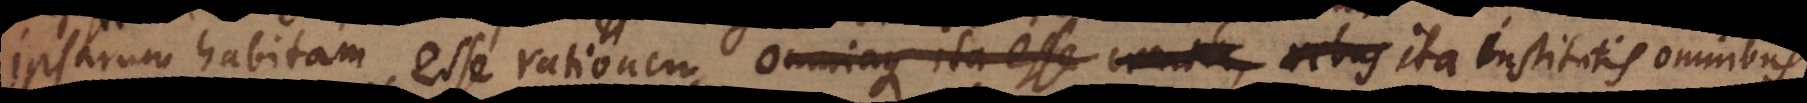
ipsarum habitam esse rationem, omniaque ita esse creata, rebus ut